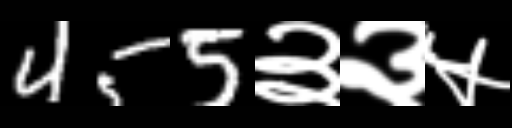
Text: 455३३५